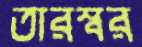
তারস্বর